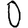
Digit: 0